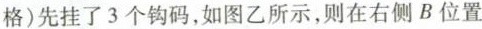
格)先挂了3个钩码，如图乙所示，则在右侧B位置